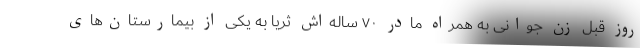
روز قبل زن جوانی به همراه مادر ۷۰ ساله‌اش ثریا به یکی از بیمارستان‌های